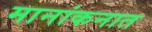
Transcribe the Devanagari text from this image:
मानांकनात